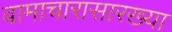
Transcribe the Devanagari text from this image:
वामाचारासारख्या